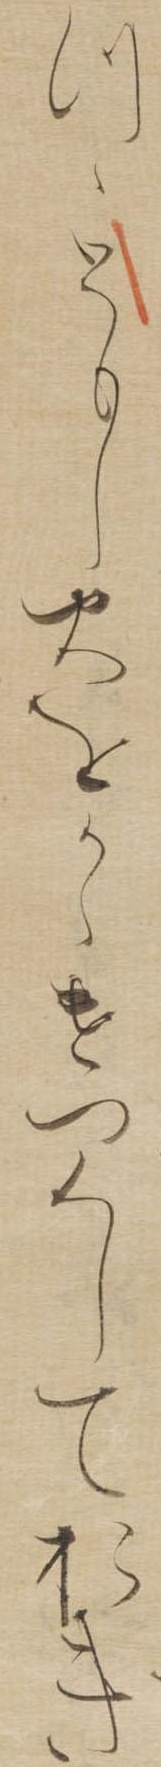
つゝともし火をかゝけつくしておき